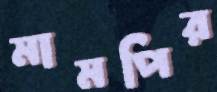
মামপির